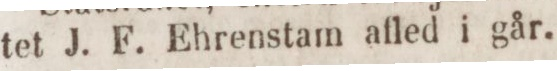
tet J. F. Ehrenstam afled i går.